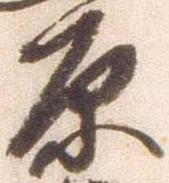
原